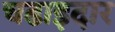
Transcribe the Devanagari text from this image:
चढाइदार